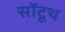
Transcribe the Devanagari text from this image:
सॉटूथ